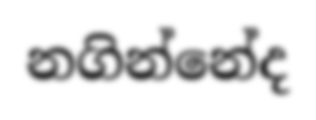
නගින්නේද